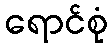
ရောင်စုံ